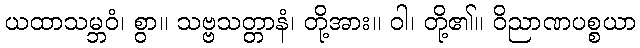
ယထာသမ္ဘဝံ၊ စွာ။ သဗ္ဗသတ္တာနံ၊ တို့အား။ ဝါ၊ တို့၏။ ဝိညာဏပစ္စယာ